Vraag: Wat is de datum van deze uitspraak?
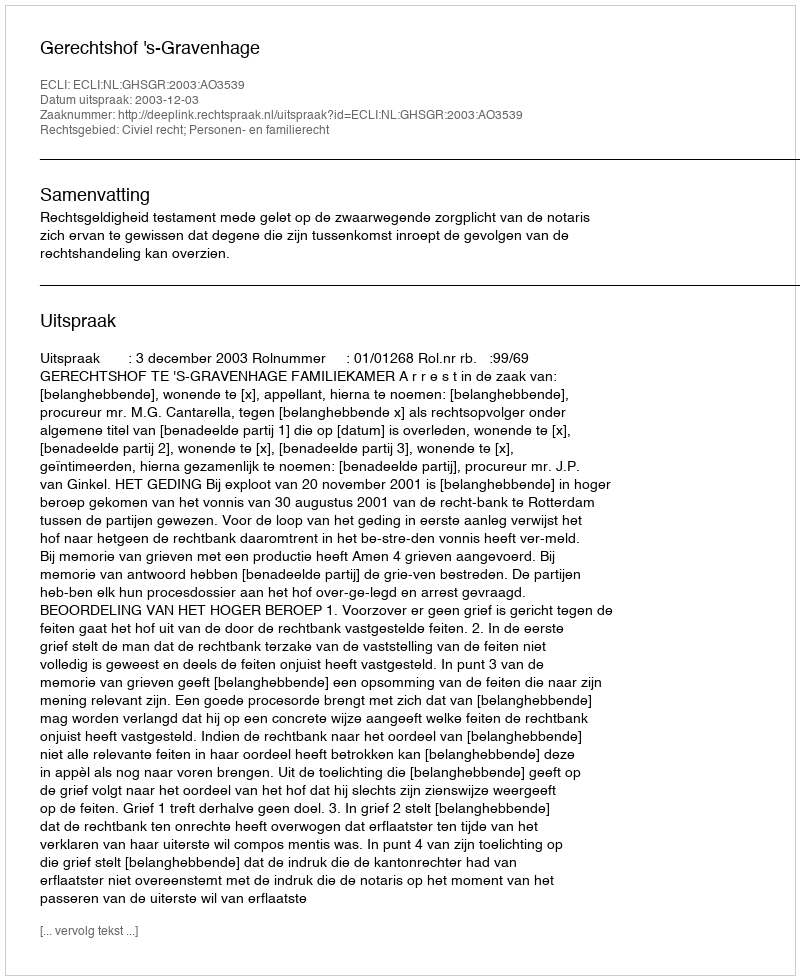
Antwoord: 2003-12-03